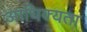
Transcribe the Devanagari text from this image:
आधिक्यता